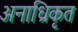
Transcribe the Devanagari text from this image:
अनाध्रिकृत